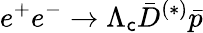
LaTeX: e^{+}e^{-}\to\Lambda_{\mathsf{c}}\bar{{D}}^{(*)}\bar{{p}}